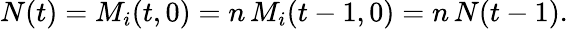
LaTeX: \begin{array}{r}{N(t)=M_{i}(t,0)=n\, M_{i}(t-1,0)=n\, N(t-1).}\end{array}